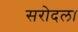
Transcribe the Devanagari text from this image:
सरोदला